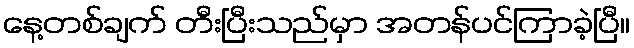
နေ့တစ်ချက် တီးပြီးသည်မှာ အတန်ပင်ကြာခဲ့ပြီ။